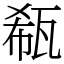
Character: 瓻